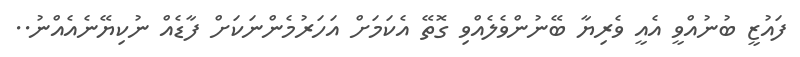
ފައުޒީ ބުނުއްވީ އެއީ ވެރިޔާ ބޭނުންވެލެއްވި ގޮތޭ އެކަމަށް އަހަރުމެންނަކަށް ފާޑެއް ނުކިޔޭނެއެއްނު..